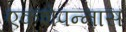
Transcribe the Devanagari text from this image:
एकशेपन्‍नास